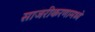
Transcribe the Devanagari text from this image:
साजरीकरणामध्ये